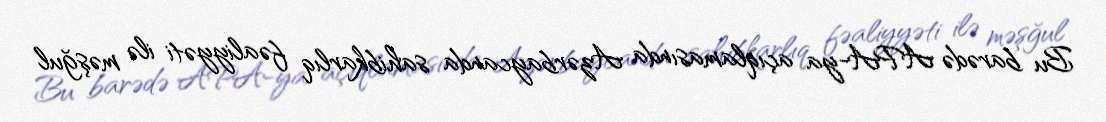
Bu barədə APA-ya açıqlamasında Azərbaycanda sahibkarlıq fəaliyyəti ilə məşğul